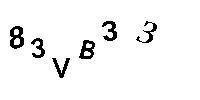
83VB33